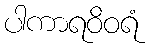
ပါကာရဝိဝရံ